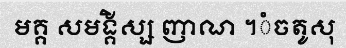
មគ្គ សមង្គិស្ស ញាណ ។ំចតូសុ